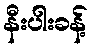
နီးပါးခန့်